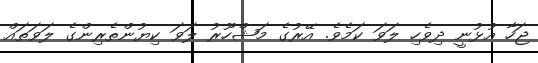
ޖަހާ އުޅުނީ ދިވެހި ލަވަ ކަމެވެ. އޭރުގެ މަޝްހޫރު ލަވަ ކިޔުންތެރިންގެ ލަވަތައް